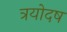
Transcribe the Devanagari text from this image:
त्रयोदष